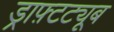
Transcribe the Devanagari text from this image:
ड्राफ़्टट्यूब